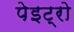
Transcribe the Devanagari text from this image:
पेइट्रो